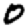
Digit: 0